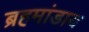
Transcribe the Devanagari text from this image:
ब्रहमांडाय